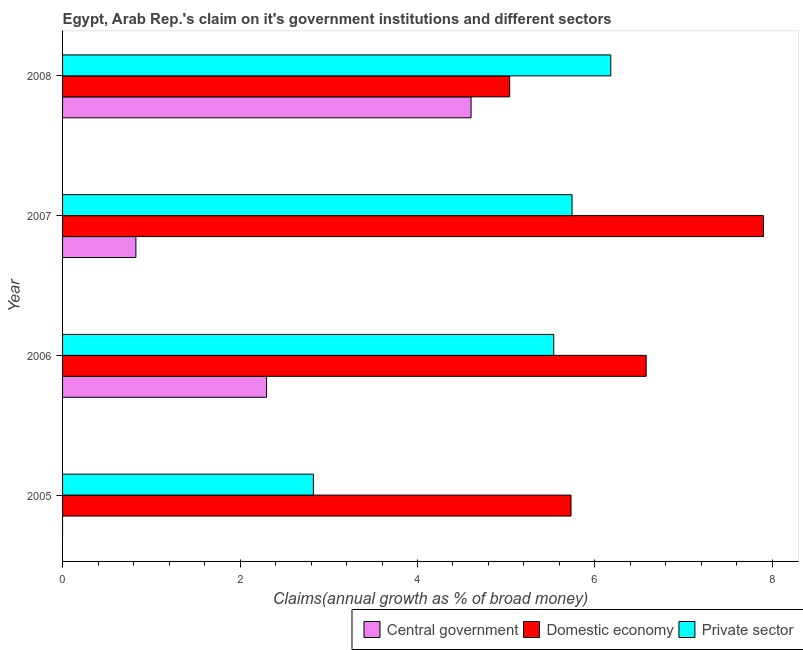
| Year | Central government | Domestic economy | Private sector |
 | --- | --- | --- | --- |
 | 2005 | -1.56 | 5.73 | 2.83 |
 | 2006 | 2.3 | 6.58 | 5.54 |
 | 2007 | 0.826 | 7.9 | 5.74 |
 | 2008 | 4.6 | 5.04 | 6.18 |